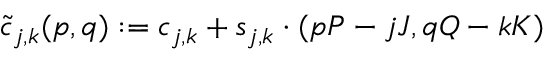
\tilde { c } _ { j , k } ( p , q ) : = c _ { j , k } + \boldsymbol { s } _ { j , k } \cdot ( p P - j J , q Q - k K )